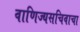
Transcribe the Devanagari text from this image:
वाणिज्यसचिवाचा